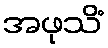
အဖုသိံ